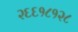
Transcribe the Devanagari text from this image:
२६६१८१२८